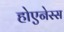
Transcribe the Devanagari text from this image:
होएनेस्स